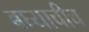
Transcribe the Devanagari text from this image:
बघ्याचीच